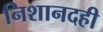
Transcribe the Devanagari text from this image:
निशानदही